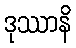
ဒုဿာနိ